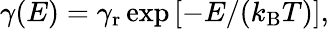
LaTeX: \begin{array}{r}{\gamma(E)=\gamma_{\mathrm{r}}\exp\left[-E/(k_{\mathrm{B}}T)\right],}\end{array}